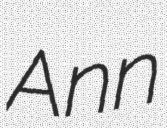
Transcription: Ann